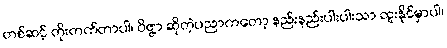
တစ်ဆင့် တိုးတက်တာပါ၊ ဝိဇ္ဇာ ဆိုတဲ့ပညာကတော့ နည်းနည်းပါးပါးသာ ထူးနိုင်မှာပါ၊